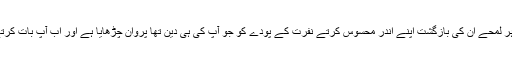
جب کہ میں نے ہر لمحے ان کی بازگشت اپنے اندر محسوس کرتے نفرت کے پودے کو جو آپ کی ہی دین تھا پروان چڑھایا ہے اور اب آپ بات کرتے ہیں محبت کی۔